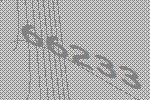
66233